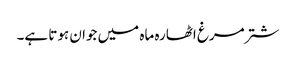
شتر مرغ اٹھارہ ماہ میں جوان ہوتا ہے۔